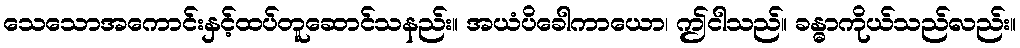
သေသောအကောင်းနှင့်ထပ်တူဆောင်သနည်း။ အယံပိခေါကာယော၊ ဤငါသည်။ ခန္ဓာကိုယ်သည်လည်း။